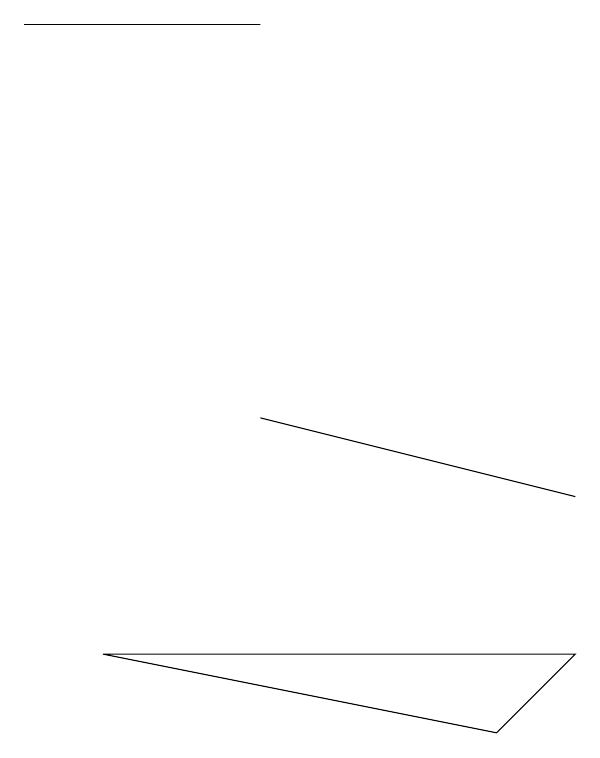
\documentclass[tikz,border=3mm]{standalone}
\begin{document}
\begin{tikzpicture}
\draw (2,14) rectangle (5,14);
\draw (5,9) -- (5,9) -- (9,8) -- cycle;
\draw (9,6) -- (3,6) -- (8,5) -- cycle;
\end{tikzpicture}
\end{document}